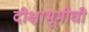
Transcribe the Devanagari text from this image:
दीक्षाभूमीची